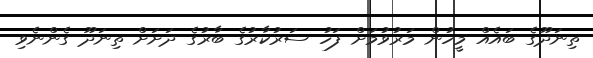
ތިނަދޫގެ ބައެއް މީހުން މަރުވުމަށް ފަހު ސަރުކާރުގެ ބާރުގެ ދަށަށް ތިނަދޫ ގެންނެވި